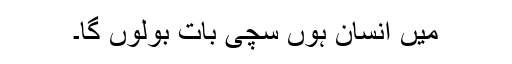
میں انسان ہوں سچی بات بولوں گا۔